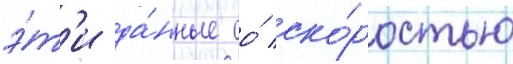
э́т'и да́нные со́ ско́ростью